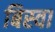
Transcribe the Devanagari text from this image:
बिस्‍वा